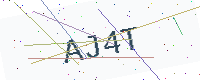
Text: AJ4T